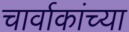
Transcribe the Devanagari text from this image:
चार्वाकांच्या